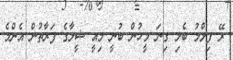
ރޭ ފިލްމު ބެލި ގިނަ މީހުން ބުނީ މިއީ ޝީލާގެ ފަރާތުން އެންމެ